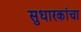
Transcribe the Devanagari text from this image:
सुधारकांचा